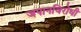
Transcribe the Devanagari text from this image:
जपानविरोधी